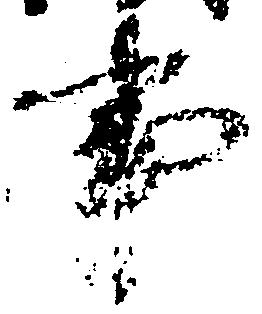
事